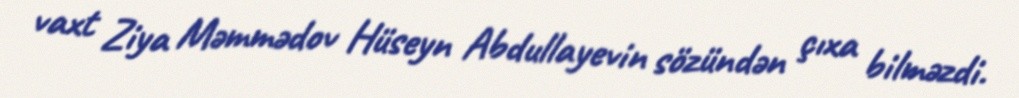
vaxt Ziya Məmmədov Hüseyn Abdullayevin sözündən çıxa bilməzdi.